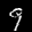
Label: 9